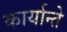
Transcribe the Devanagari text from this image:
कार्यान्ते